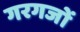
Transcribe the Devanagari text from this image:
गरगजों